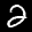
Label: 2